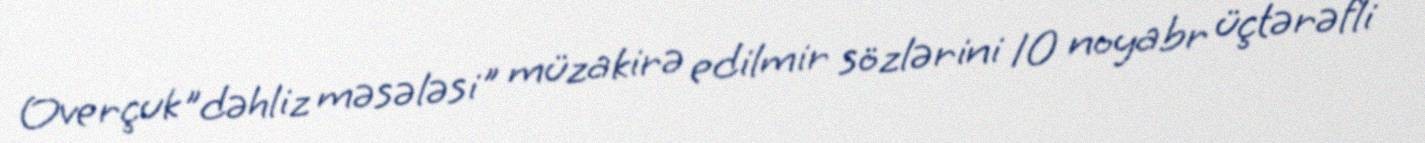
Overçuk ”dəhliz məsələsi" müzakirə edilmir sözlərini 10 noyabr üçtərəfli